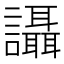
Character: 讘